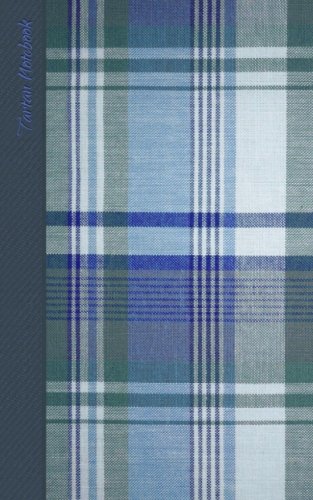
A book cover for Tartan Notebook: Gifts / Gift / Presents ( Scottish Muted Blue Tartan / Plaid Notebook ) (Travel & World Cultures); smART bookx; Travel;